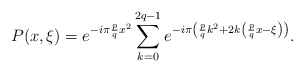
\begin{align*}P(x,\xi)=e^{-i\pi \frac{p}{q} x^2}\sum_{k=0}^{2q-1} e^{-i \pi \left(\frac{p}{q} k^2+ 2 k \left(\frac{p}{q}x-\xi\right) \right)}.\end{align*}